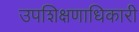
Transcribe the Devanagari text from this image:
उपशिक्षणाधिकारी